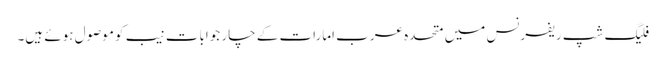
فلیگ شپ ریفرنس میں متحدہ عرب امارات کے چار جوابات نیب کو موصول ہوئے ہیں۔